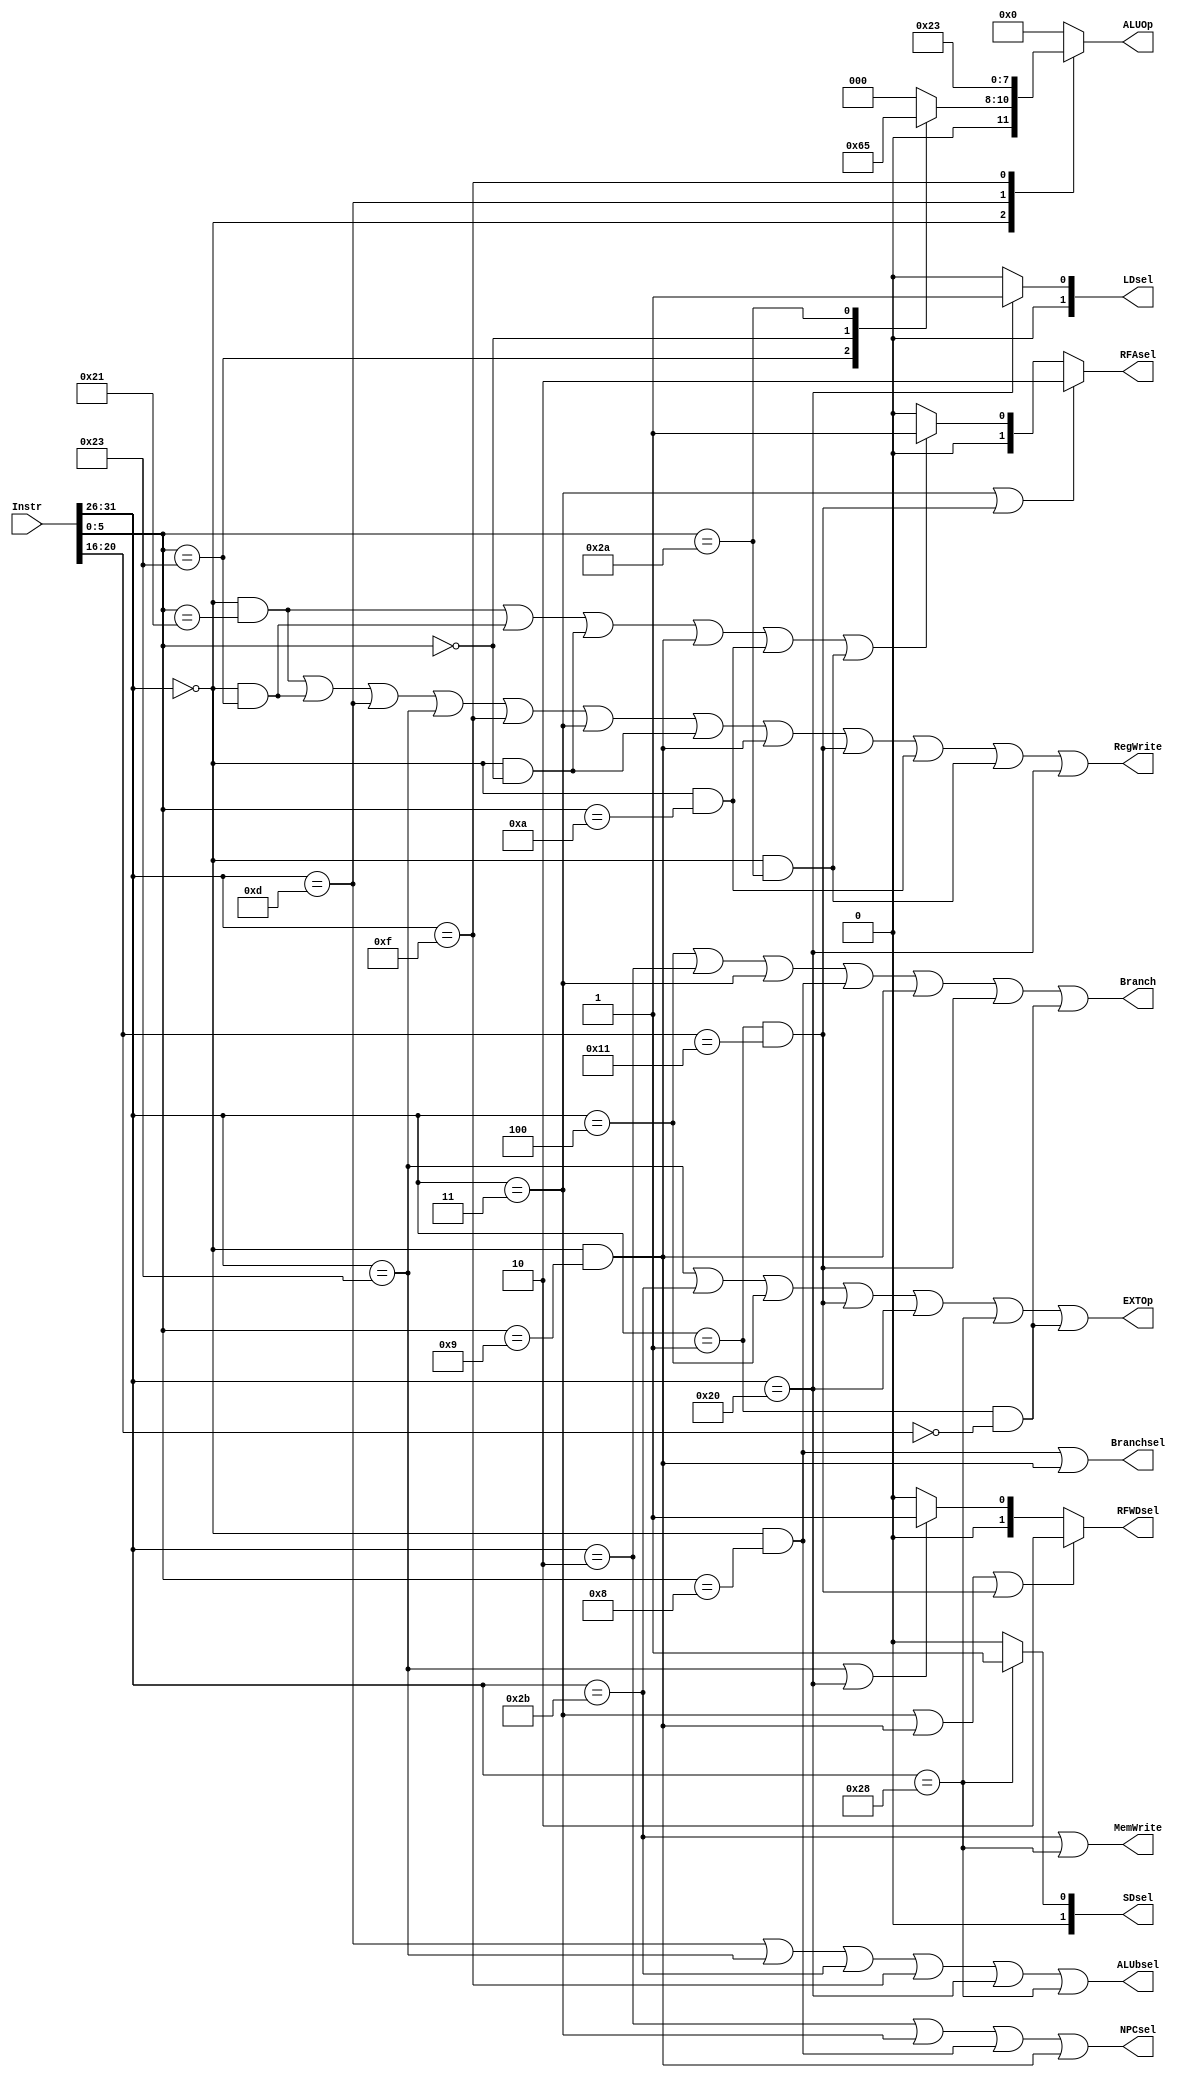
`timescale 1ns / 1ps
`define special 6'b000000
`define addu 	 6'b100001
`define subu    6'b100011
`define ori     6'b001101
`define lw      6'b100011
`define sw      6'b101011
`define beq     6'b000100
`define lui     6'b001111
`define nop     6'b000000
`define j       6'b000010
`define jal     6'b000011
`define jr      6'b001000
`define sll     6'b000000
`define jalr    6'b001001
`define lb      6'b100000
`define sb      6'b101000
`define regimm  6'b000001
`define bgezal  5'b10001
`define bltz    5'b00000
`define movz    6'b001010
`define slt     6'b101010

`define ALU_ADD  4'b0000
`define ALU_SUB  4'b0001
`define ALU_OR   4'b0010
`define ALU_LUI  4'b0011
`define ALU_SLL  4'b0100
`define ALU_SIGNCOM 4'b0101
//////////////////////////////////////////////////////////////////////////////////
// Company: 
// Engineer: 
// 
// Design Name: 
// Module Name:    controller 
// Project Name: 
// Target Devices: 
// Tool versions: 
// Description: 
//
// Dependencies: 
//
// Revision: 
// Revision 0.01 - File Created
// Additional Comments: 
//
//////////////////////////////////////////////////////////////////////////////////
module controller(
	 input [31:0] Instr,
	 output RegWrite,
	 output [1:0] RFAsel,
	 output [1:0] RFWDsel,
	 output MemWrite,
	 output Branch,
	 output NPCsel,
	 output Branchsel,
	 output EXTOp,
	 output ALUbsel,
	 output reg [3:0] ALUOp,
	 output [1:0] LDsel,
	 output [1:0] SDsel
    );
	 
	 wire [5:0]Op;
	 wire [5:0]Func;
	 wire Addu,Subu,Ori,Lw,Sw,Beq,Lui,Nop,J,Jal,Jr,Sll,Jalr,Lb,Sb,Bgezal,Movz,Slt,Bltz;
	 
	 assign Op=Instr[31:26];
	 assign Func=Instr[5:0];
	 
	 assign Addu= Op==`special && Func==`addu;
	 assign Subu= Op==`special && Func==`subu;
	 assign Ori= Op==`ori;
	 assign Slt= Op==`special && Func==`slt;

	 assign Lui= Op==`lui;
	 assign Nop= Op==`special && Op==`nop;
	 
	 assign Beq= Op==`beq;
	 assign Bgezal= Op==`regimm && Instr[20:16]==`bgezal;
	 assign Bltz= Op==`regimm && Instr[20:16]==`bltz;
	 
	 assign J= Op==`j;
	 assign Jal= Op==`jal;
	 assign Jr= Op==`special && Func==`jr;
	 assign Jalr= Op==`special && Func==`jalr;
	 
	 assign Sll= Op==`special && Func==`sll;
	 
	 assign Lw= Op==`lw;
	 assign Sw= Op==`sw;
	 assign Lb= Op==`lb;
	 assign Sb= Op==`sb;
	 
	 assign Movz= Op==`special && Func==`movz;
	 
	 assign RegWrite= Addu || Subu || Ori || Lw || Lui || Jal || Sll || Jalr || Bgezal || Movz || Slt || Lb;
	 
	 assign RFAsel= (Jal | Bgezal) ? 2'b10 ://ra
						 (Addu | Subu | Sll | Jalr | Movz | Slt) ? 2'b01 ://rd
						 2'b00;//rt
						 
	 assign RFWDsel= (Jal | Jalr | Bgezal) ? 2'b10 ://PC8
						  (Lw | Lb) ? 2'b01://Dm
						  2'b00;//AO
						  
	 assign MemWrite= Sw || Sb;
	 assign Branch= Beq || J || Jal || Jr || Jalr || Bgezal || Bltz;
	 
	 //0B,1J
	 assign NPCsel= J || Jal || Jr || Jalr;
	 
	 //0
	 assign Branchsel= Jr || Jalr;
						
	 assign EXTOp= Lw || Sw || Beq || Bgezal || Lb || Sb || Bltz;
	 assign ALUbsel= Ori || Lw || Sw || Lui || Lb || Sb;
	 
	 assign LDsel= Lb ? 2'b01 ://lb
						2'b00;//lw
	 assign SDsel= Sb ? 2'b01 ://sb
						2'b00;//sw
						
	 always @(*) begin
		 case(Op)
			`special: begin
				case(Func)
					`addu: ALUOp <=`ALU_ADD;
					`subu: ALUOp <=`ALU_SUB;
					`jr: ALUOp <=`ALU_ADD;
					`sll: ALUOp <= `ALU_SLL;
					`slt: ALUOp <= `ALU_SIGNCOM;
					default: ALUOp <=`ALU_ADD;
				endcase
			end
			`ori: ALUOp <=`ALU_OR;
			`lui: ALUOp <=`ALU_LUI;
			default: ALUOp <=`ALU_ADD;
		 endcase
	 end
endmodule